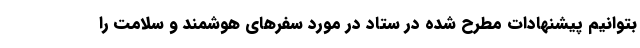
بتوانیم پیشنهادات مطرح شده در ستاد در مورد سفرهای هوشمند و سلامت را